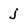
Character: j